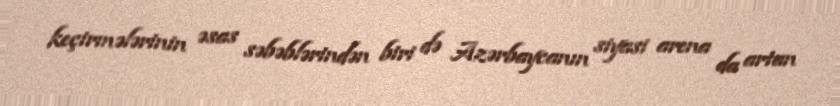
keçirmələrinin əsas səbəblərindən biri də Azərbaycanın siyasi arena da artan